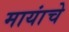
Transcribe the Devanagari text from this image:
मायांचे